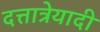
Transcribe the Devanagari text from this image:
दत्तात्रेयादी